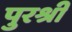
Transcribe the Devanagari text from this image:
पुरश्री